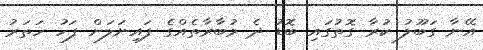
އޭނާ ގަބޫލު ކުރާ ގޮތުގައި ބޮޑު ދެ މުބާރާތެއްގެ ފައިނަލަށް ފަހު ހަތަރު